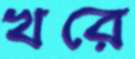
খরে